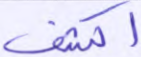
اكشف